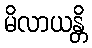
မိလာယန္တိ